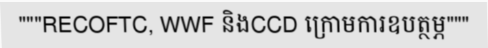
"""RECOFTC, WWF និងCCD ក្រោមការឧបត្ថម្ភ"""